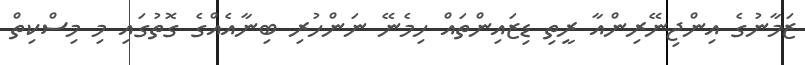
ޒަމާނުގެ އިންޖިނޭރިންއާ ރީތި ޑިޒައިންތައް ހިމެނޭ ނަންހުރި ބިނާއެއްގެ ގޮތުގައި މި މިސްކިތް